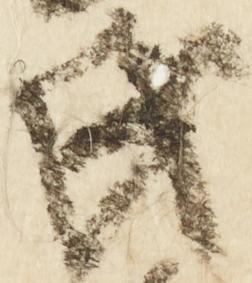
氏